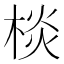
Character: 棪